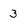
Character: 3